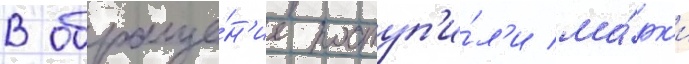
В обраще́н'ие поступ'и́л'и ма́рк'и